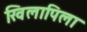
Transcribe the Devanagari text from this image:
खिलापिला